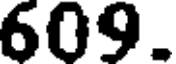
609.